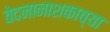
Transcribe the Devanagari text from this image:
वेदनानाशकाच्या